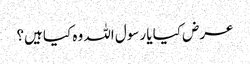
عرض کیا یا رسول اللہ وہ کیا ہیں؟